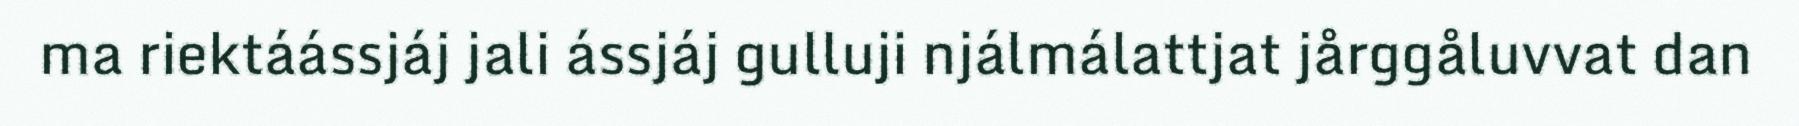
ma riektáássjáj jali ássjáj gulluji njálmálattjat jårggåluvvat dan